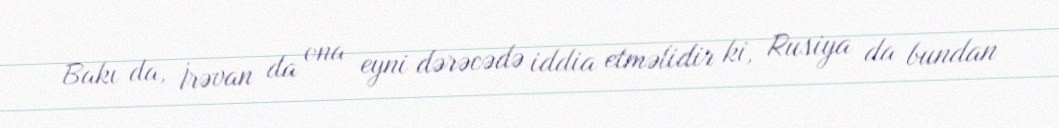
Bakı da, İrəvan da ona eyni dərəcədə iddia etməlidir ki, Rusiya da bundan